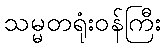
သမ္မတရုံးဝန်ကြီး